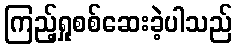
ကြည့်ရှုစစ်ဆေးခဲ့ပါသည်